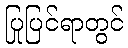
ပြုပြင်ရာတွင်